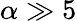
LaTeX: \alpha\gg 5